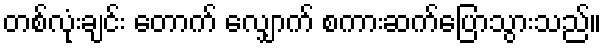
တစ်လုံးချင်း တောက် လျှောက် စကားဆက်ပြောသွားသည်။